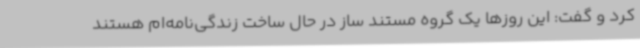
کرد و گفت: این روزها یک گروه مستند ساز در حال ساخت زندگی‌نامه‌ام هستند